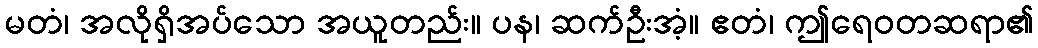
မတံ၊ အလိုရှိအပ်သော အယူတည်း။ ပန၊ ဆက်ဦးအံ့။ ဧတံ၊ ဤရေဝတဆရာ၏